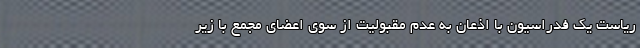
ریاست یک فدراسیون با اذعان به عدم مقبولیت از سوی اعضای مجمع با زیر